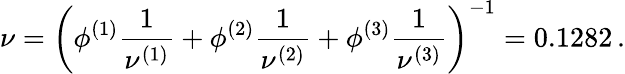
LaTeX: \nu=\left(\phi^{(1)}\frac{1}{\nu^{(1)}}+\phi^{(2)}\frac{1}{\nu^{(2)}}+\phi^{(3)}\frac{1}{\nu^{(3)}}\right)^{-1}=0.1282\, .